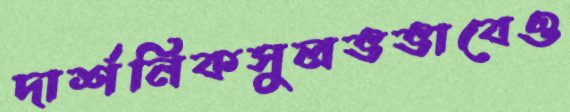
দার্শনিকসুলভভাবেও